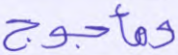
ومأجوج